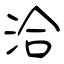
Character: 洽